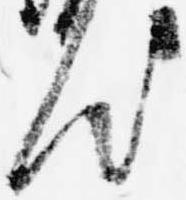
汰